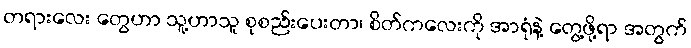
တရားလေး တွေဟာ သူ့ဟာသူ စုစည်းပေးတာ၊ စိတ်ကလေးကို အာရုံနဲ့ တွေ့ဖို့ရာ အတွက်